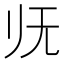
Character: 𰕰